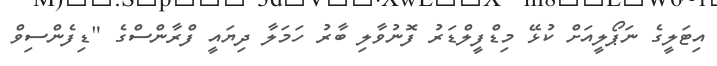
އިޓަލީގެ ނަޕޯލީއަށް ކުޅޭ މިޑްފީލްޑަރު ފޮނުވާލި ބާރު ހަމަލާ ދިޔައީ ފްރާންސްގެ "ޑިފެންސިވް